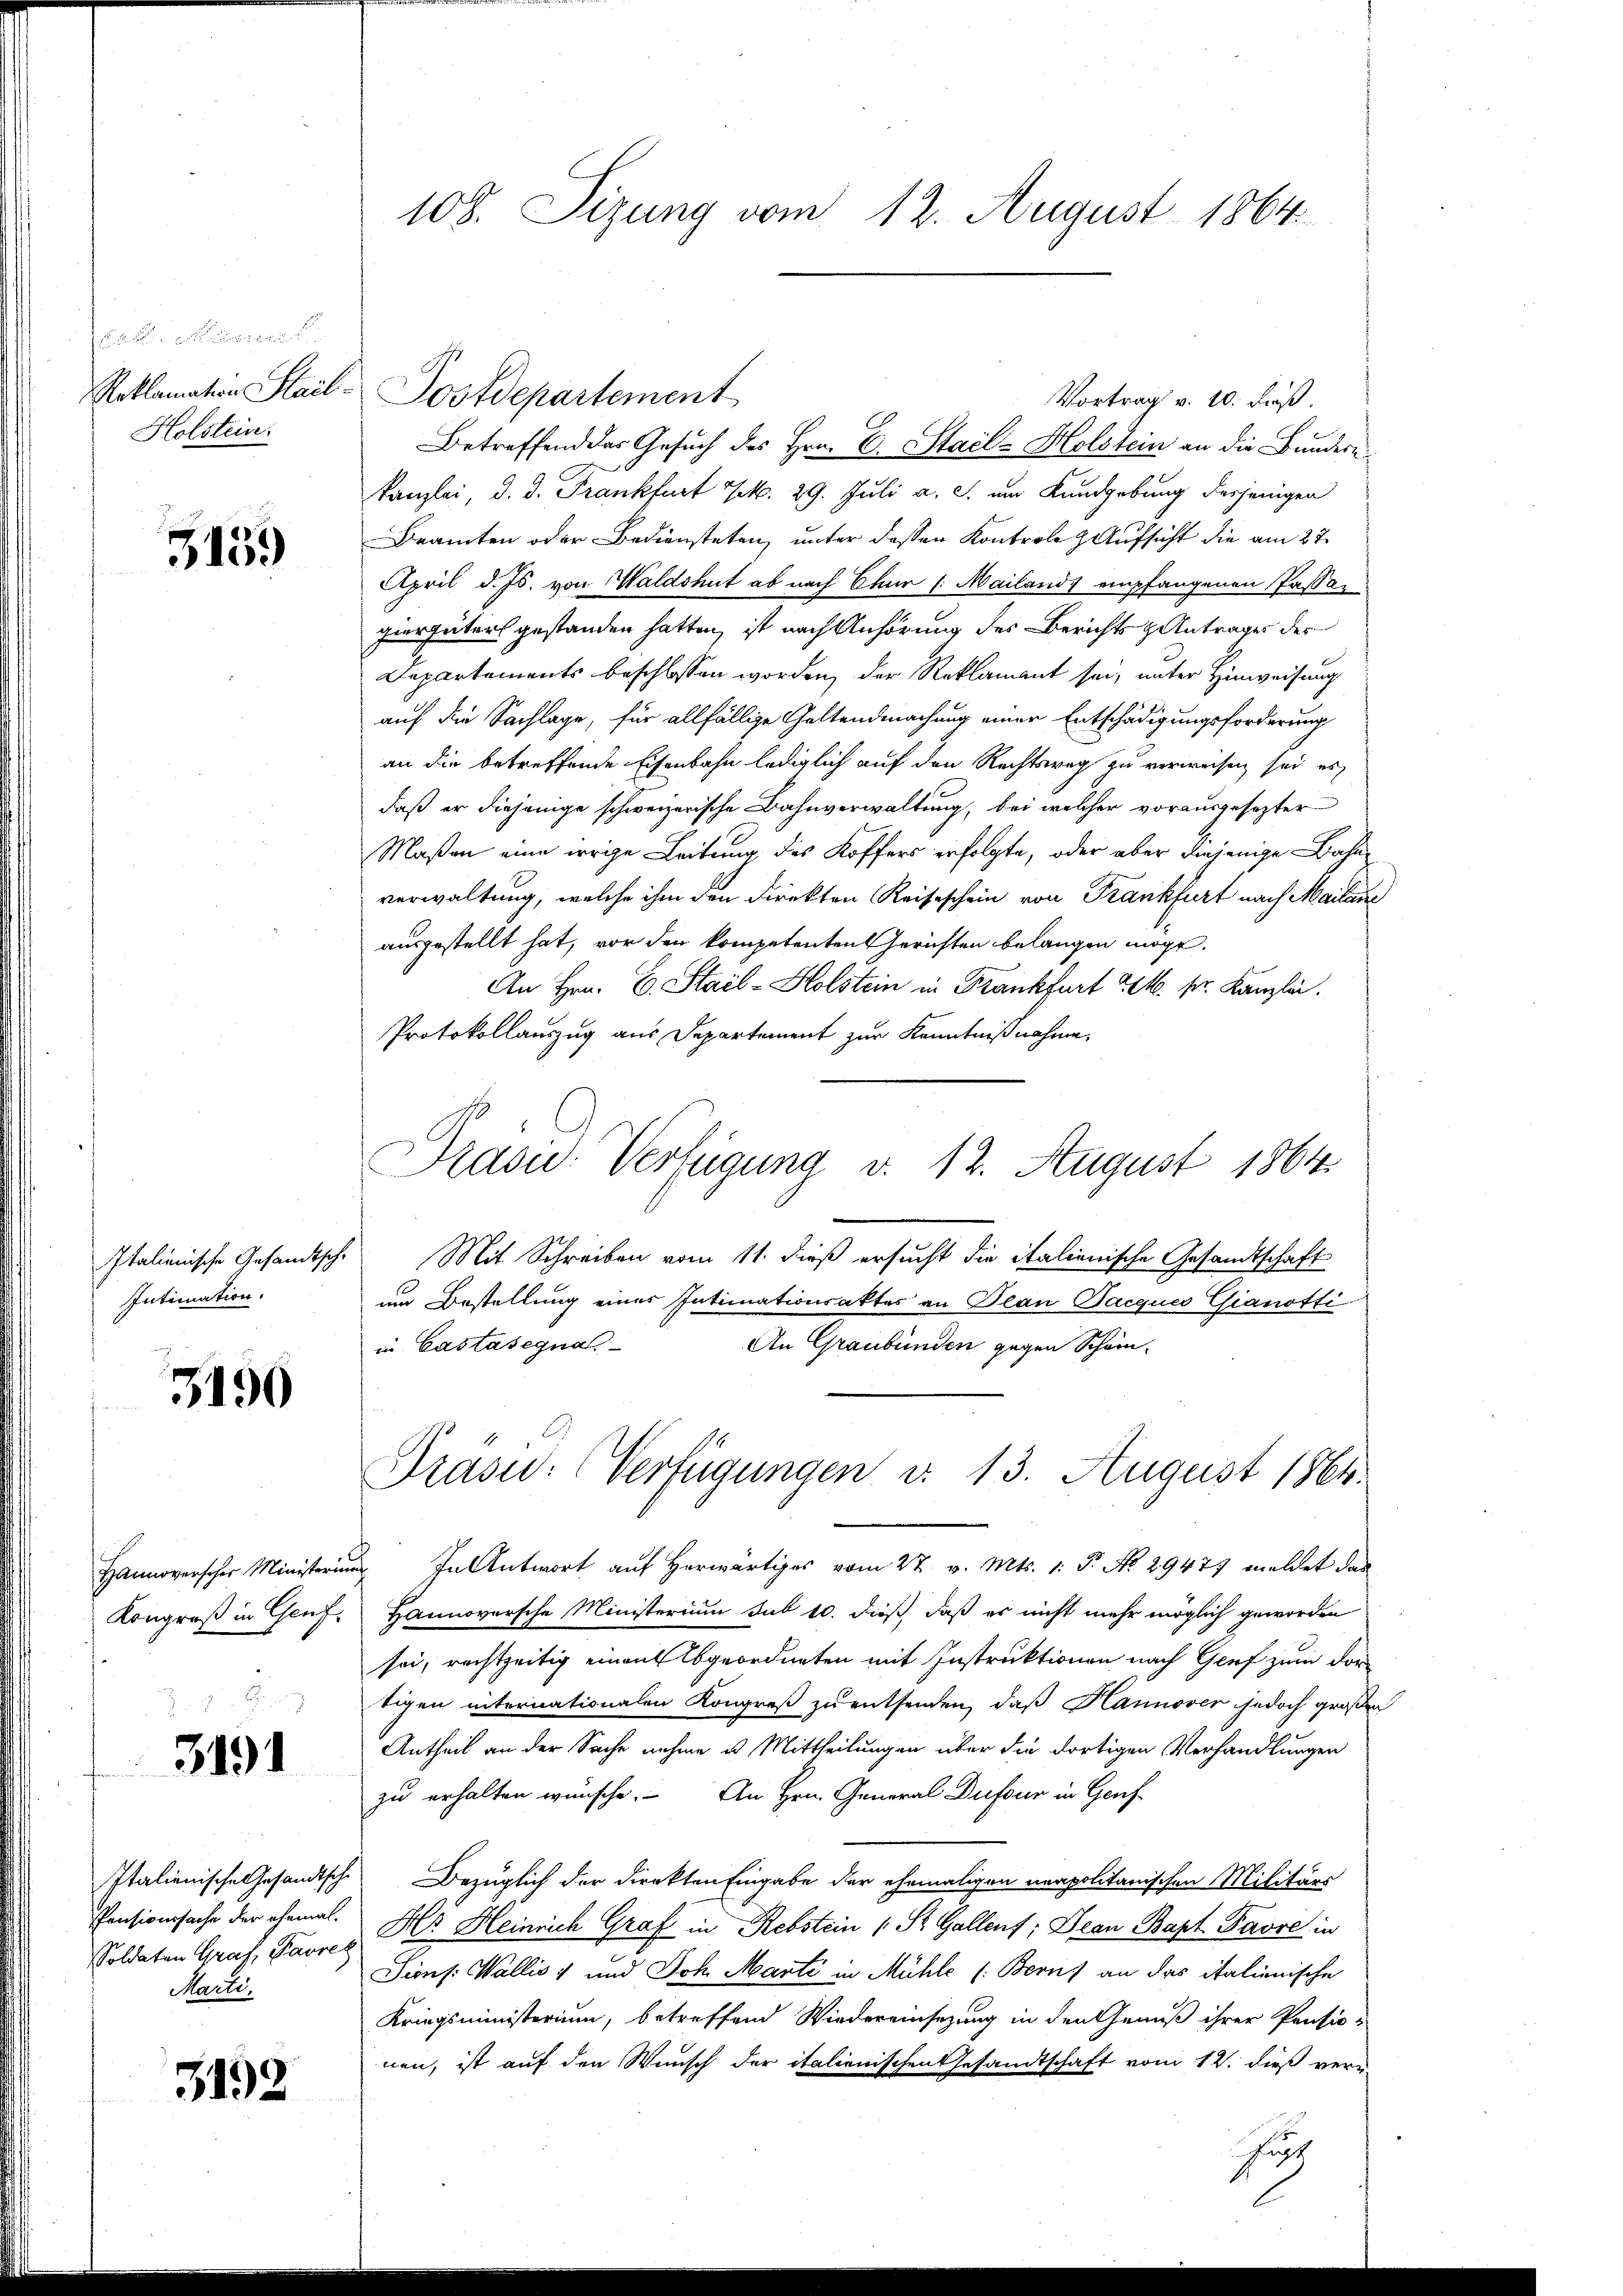
Moment
Holstein:

5159

Intimation.

3190

3191

Soldaten Graf, Favrez
Marti

3192

Vortrag v. 10. dieß.
Betreffend das Gesuch des Hrn. C. Staclz Holstein an die Bunderekanzlei, d. d. Frankfurt 1. 29. Juli a. c. um Kundgebung desjenigen
Beamten oder Bediensteten, unter dessen Kontrole Aufsicht die am 27.
April d. Js. von Waldshut ab nach Chur /: Mailands empfangenen Passar
hiergüter gestanden hatten, ist nach Anhörung des Berichts Antrages der
Departements beschlossen worden, der Reklamant sei, unter Hinweisung
auf die Sachlage, für allfällige Geltendmachung einer Entschädigungsforderung
an die betreffende Eisenbahn lediglich auf den Rechtsweg zu verweisen sei es
daß er diejenige schweizerische Bahnverwaltung, bei welcher vorausgesezter
Maßen eine irrige Leitung des Koffers erfolgte, oder aber diejenige Bahnverwaltung, welche ihm den direkten Reiseschein von Frankfurt nach Mailan
ausgestellt hat, vor den kompetenten Gerichten belangen möge.
An Hrn. E. Stail-Holstein in Frankfurt 24. pr. Kanzlei.
Protokollauszug aus Departement zur Kenntnißnahme,
Prasw. Verfügung v. 12. August 1864.
Italienische Gesandtsche Mit Schreiben vom 11. dieß ersucht die italienische Gesandtschaft
um Bestellung einer Intimationsaktes an Bean Pacques Gianotti
in Castasegna
An Graubünden gegen Schei-

108. Sizung vom 12. August 1864

Roklamation Stail-Postdepartement

Präsid. (Verfügungen v. 13. August 1864.

hanenscher Ministerin In Antwort auf herwärtiges vom 27. v. Mts. 1. P. Nr. 29477 meldet das
Kongroß in Genf. Hannoversche Ministerium sub 10. dieß, daß es nicht mehr möglich geworden
sei, rechtzeitig einen Abgeordneten mit Instruktionen nach Genf zum dor
tigen internationalen Kongreß zu entsenden, daß Hannover jedoch großen
Antheil an der Sache nehme u. Mittheilungen über die dortigen Verhandlungen
zu erhalten wünsche. An Hrn. General Dufour in Genf
Italienische Gesandtsche Bezüglich der Direkten Eingabe der ehemaligen neapolitanischen Militärs
Pensionssache der ehemal. Hr. Heinrich Graf in Rebstein (St. Gallenf; Dean Bapt Pavre in
Sions: Wallis 1 und Joh. Marti in Mühle (Berns an das italienische
Kriegsministerium, betreffend Wiedereinsezung in den Genuß ihrer Pensio-
nen, ist auf den Wunsch der italienischen Gesandtschaft vom 12. dieß verhut